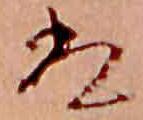
は